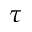
\tau